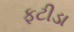
ફટીડા